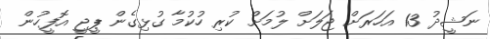
ނަޝީދު 13 އަހަރަށް ޖަލަށް ލުމަށް ކުރި ހުކުމާ ގުޅިގެން ޕީޖީ އޮފީހުން